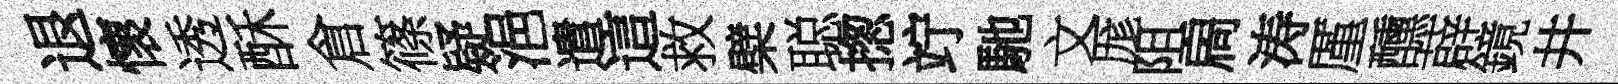
退懷透酥倉篠疑浥遣這救檗聪揔竚馳文厖阻扄涛厪醺薜鏡井